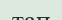
тап